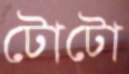
টোটো